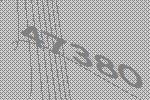
47380